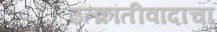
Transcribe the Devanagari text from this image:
उत्क्रांतीवादाचा